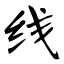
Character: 线